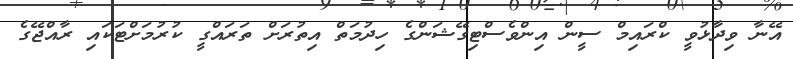
އޭނާ ވިދާޅުވީ ކްރައިމް ސީން އިންވެސްޓިގޭޝަންގެ ހިދުމަތް އިތުރަށް ތަރައްގީ ކުރުމަށްޓަކައި ރާއްޖޭގެ